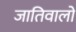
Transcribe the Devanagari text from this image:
जातिवालों